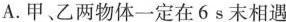
A.甲、乙两物体一定在6s末相遇